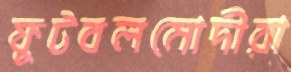
ফুটবলমোদীরা